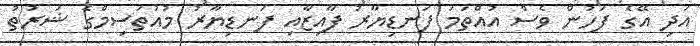
އަދި އޭގެ ފަހުން ވެސް އުއްތަމަ ފަނޑިޔާރު ފާއިޒާއި ފަނޑިޔާރު މުއުތަސިމްގެ ޝަރުތު